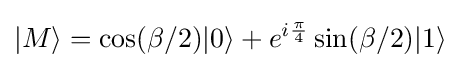
|M\rangle =\cos(\beta /2)|0\rangle +e^{i{\frac {\pi }{4}}}\sin(\beta /2)|1\rangle